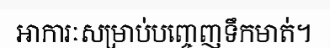
អាការៈសម្រាប់បញ្ចេញទឹកមាត់។